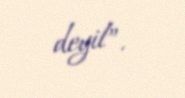
deyil”.